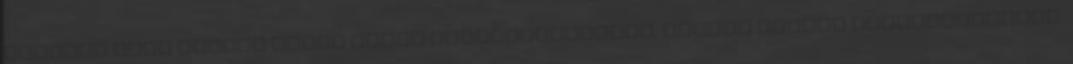
Sárgult vagy fakult lámpa búrák helyreállítását. Egyedi tervek megvalósítását.